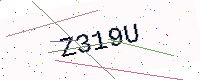
Text: Z319U